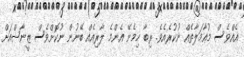
އެއްވެސް މުޢާމަލާތެއް ނުކުރެއެވެ. ރިބާ ހިމެނޭ އެންމެ ލާރިއެއް ބޭނުން ނުކޮށްވެސް ޒީނާޝްއަށް